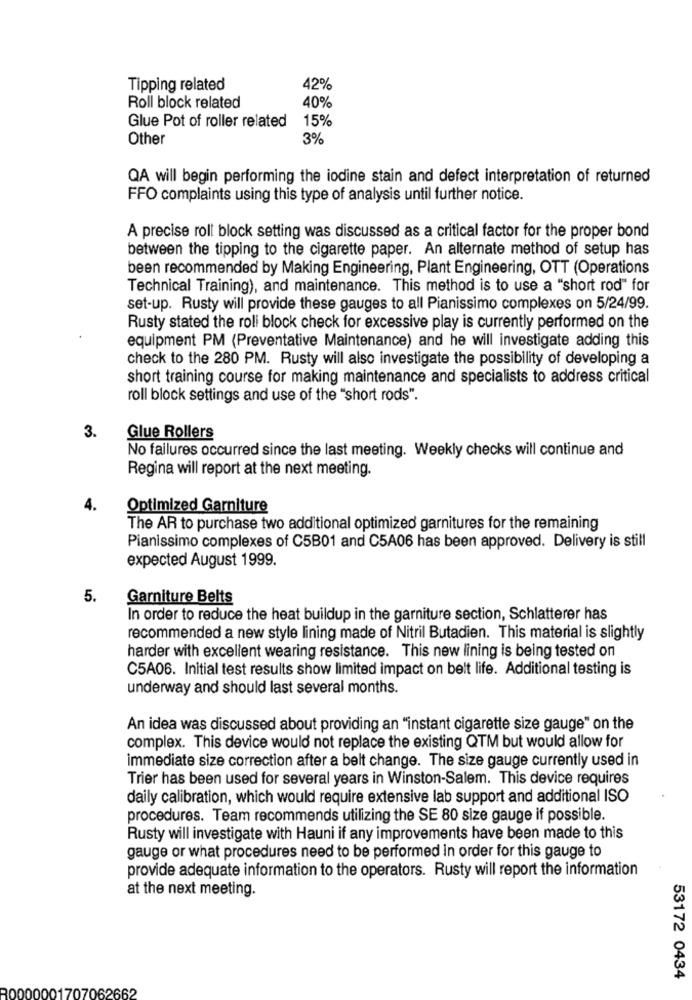
Tipping related
42%
Roll block related
40%
Glue Pot of roller related
15%
Other
3%
QA will begin performing the iodine stain and defect interpretation of returned
FFO complaints using this type of analysis until further notice.
A precise roll block setting was discussed as a critical factor for the proper bond
between the tipping to the cigarette paper. An alternate method of setup has
been recommended by Making Engineering, Plant Engineering, OTT (Operations
Technical Training), and maintenance. This method is to use a "short rod" for
set-up. Rusty will provide these gauges to all Pianissimo complexes on 5/24/99.
Rusty stated the roll block check for excessive play is currently performed on the
equipment PM (Preventative Maintenance) and he will investigate adding this
check to the 280 PM. Rusty will also investigate the possibility of developing a
short training course for making maintenance and specialists to address critical
roll block settings and use of the "short rods".
3.
Glue Rollers
No failures occurred since the last meeting. Weekly checks will continue and
Regina will report at the next meeting.
4.
Optimized Garniture
The AR to purchase two additional optimized garnitures for the remaining
Pianissimo complexes of C5B01 and C5A06 has been approved. Delivery is still
expected August 1999.
5.
Garniture Belts
In order to reduce the heat buildup in the garniture section, Schlatterer has
recommended a new style lining made of Nitril Butadien. This material is slightly
harder with excellent wearing resistance. This new lining is being tested on
C5A06. Initial test results show limited impact on belt life. Additional testing is
underway and should last several months.
An idea was discussed about providing an "instant cigarette size gauge" on the
complex. This device would not replace the existing QTM but would allow for
immediate size correction after a belt change. The size gauge currently used in
Trier has been used for several years in Winston-Salem. This device requires
daily calibration, which would require extensive lab support and additional ISO
procedures. Team recommends utilizing the SE 80 size gauge if possible.
Rusty will investigate with Hauni if any improvements have been made to this
gauge or what procedures need to be performed in order for this gauge to
provide adequate information to the operators. Rusty will report the information
at the next meeting.
53172 0434
30000001707062662